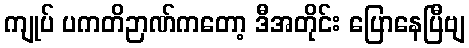
ကျုပ် ပကတိဉာဏ်ကတော့ ဒီအတိုင်း ပြောနေပြီဗျ